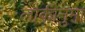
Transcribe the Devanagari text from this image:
लौकीनुमा